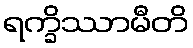
ရက္ခိဿာမီတိ